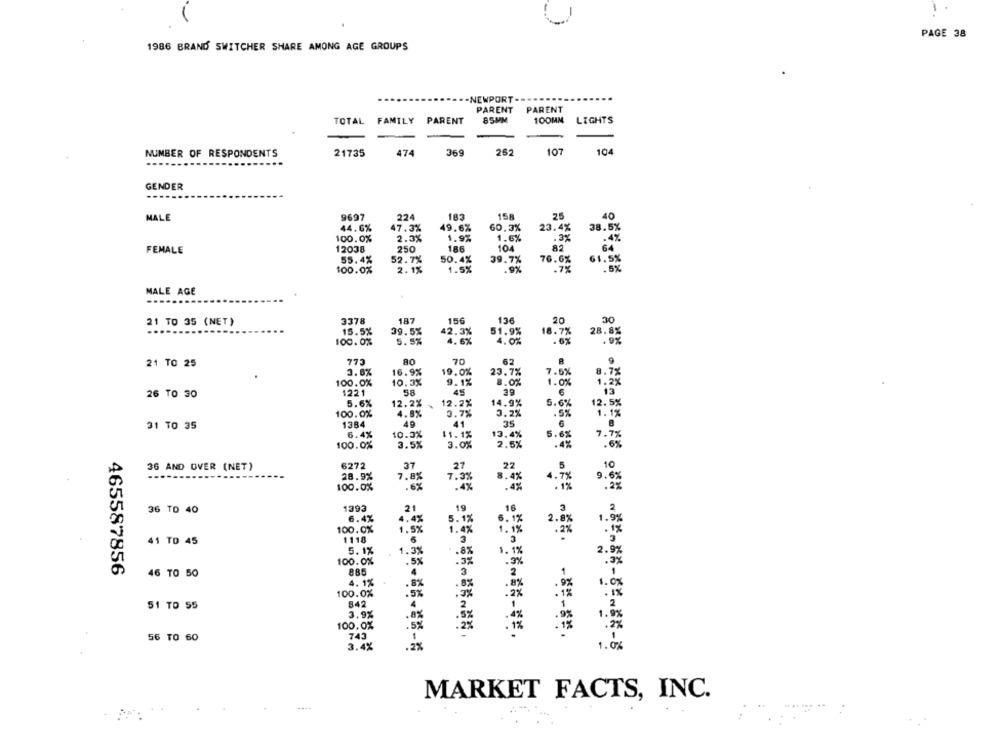
PAGE 38
1986 BRAND SWITCHER SHARE AMONG AGE GROUPS
NEWPORT-
PARENT PARENT
TOTAL FAMILY PARENT
85MM
100MN LIGHTS
104
NUMBER OF RESPONDENTS
21735
474
369
262
107
GENDER
MALE
9697
224
183
158
25
40
60.3%
23.4%
38.5%
44.6%
47.3%
49.6%
100.0%
2.3%
1.9%
1.6%
.3%
.4%
186
104
82
64
FEMALE
12038
250
55.4%
52.7%
50.4%
39.7%
76.6%
$1.5%
100.0%
2.1%
1.5%
.9%
MALE AGE
21 TO 35 (NET)
3378
187
156
136
20
15.5%
39.5%
42.3%
51.9%
30
18.7%
28.83
100.0%
5.5%
4.6%
4.0%
CLL
80
70
62
21 TO 25
3.6%
16.9%
19.0%
23.7%
7.59
100.0%
10.3%
9. 1%
8.0%
1221
58
39
26 TO 30
5.6%
12.2% -
12.2%
4.9%
5.6
12.
100.0%
4.8%
3.7%
3.2%
31 TO 35
1384
49
41
6.4%
10.5%
11.1%
13.4%
100.0%
3.5%
3.0%
2.5%
36 AND OVER (NET)
6272
37
27
22
28.9%
7.8%
7.3%
8.4%
100.0%
.6%
.4%
36 TO 40
1393
21
19
16
6.4%
5.1%
4.4%
. 1%
100.0%
1.5%
1.47
. 1%
41 TD 45
1110
6
5.1%
1.3%
.8%
1.1%
100.0%
.5%
.3%
885
.3%
465587856
46 TO 50
4
3
4, 1%
.8%
.8%
100.0%
1X
. 5%
51 TO 55
842
4
2
3.9%
8%
100.0%
.5%
56 TO 60
743
1.0%
3.4%
MARKET FACTS, INC.